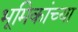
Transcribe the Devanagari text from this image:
भूमिकांच्या